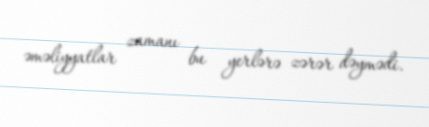
əməliyyatlar zamanı bu yerlərə zərər dəymədi.